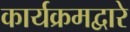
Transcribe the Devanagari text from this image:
कार्यक्रमद्वारे